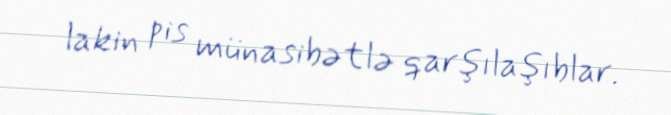
lakin pis münasibətlə qarşılaşıblar.